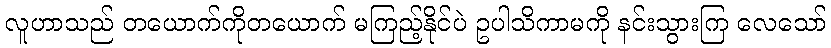
လူဟာသည် တယောက်ကိုတယောက် မကြည့်နိုင်ပဲ ဥပါသိကာမကို နင်းသွားကြ လေသော်